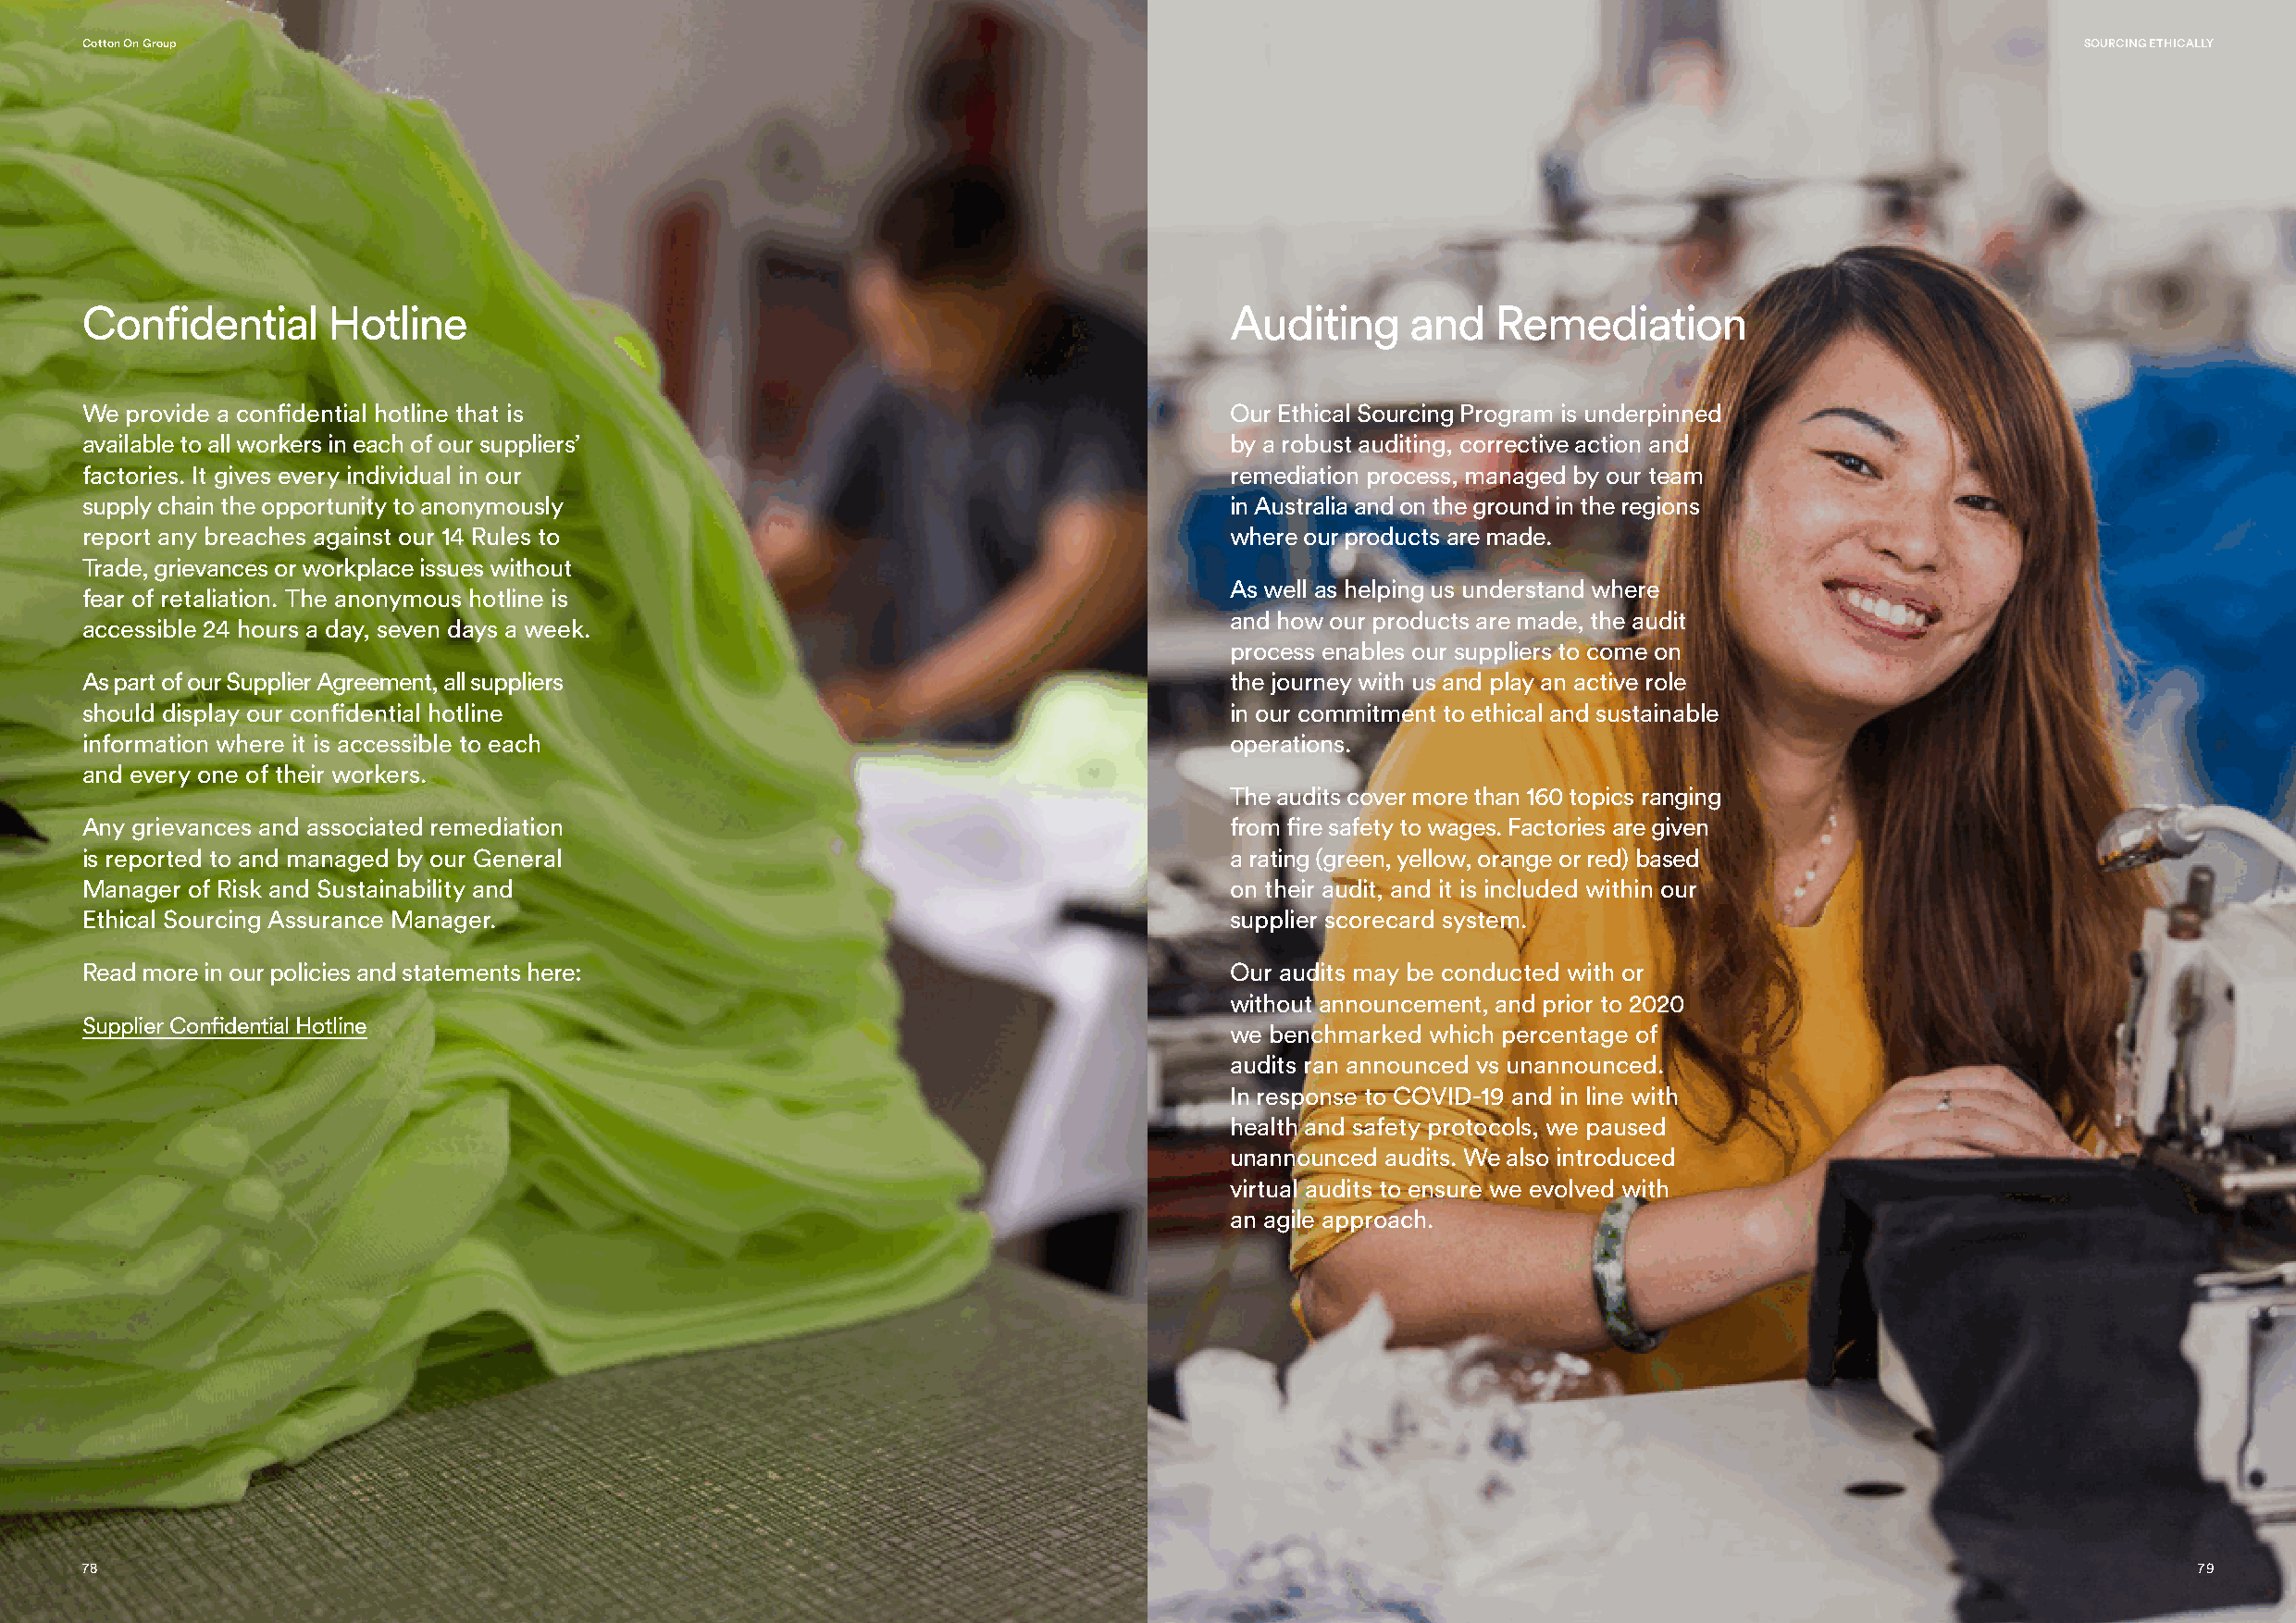
Cotton On Group                                                                                                                                SOURCING ETHICALLY
 Confidential     Hotline                                                          Auditing     and   Remediation
 We provide a confidential hotline that is                                         Our Ethical Sourcing Program is underpinned
 available to all workers in each of our suppliers’                                by a robust auditing, corrective action and
 factories. It gives every individual in our                                       remediation process, managed by our team
 supply chain the opportunity to anonymously                                       in Australia and on the ground in the regions
 report any breaches against our 14 Rules to                                       where our products are made.
 Trade, grievances or workplace issues without
 As well as helping us understand where
 fear of retaliation. The anonymous hotline is
 and how our products are made, the audit
 accessible 24 hours a day, seven days a week.
 process enables our suppliers to come on
 As part of our Supplier Agreement, all suppliers                                  the journey with us and play an active role
 should display our confidential hotline                                           in our commitment to ethical and sustainable
 information where it is accessible to each                                        operations.
 and every one of their workers.
 The audits cover more than 160 topics ranging
 Any grievances and associated remediation                                         from fire safety to wages. Factories are given
 is reported to and managed by our General                                         a rating (green, yellow, orange or red) based
 Manager of Risk and Sustainability and                                            on their audit, and it is included within our
 Ethical Sourcing Assurance Manager.                                               supplier scorecard system.
 Read more in our policies and statements here:                                    Our audits may be conducted with or
 without announcement, and prior to 2020
 Supplier Confidential Hotline
 we benchmarked which percentage of
 audits ran announced vs unannounced.
 In response to COVID-19 and in line with
 health and safety protocols, we paused
 unannounced audits. We also introduced
 virtual audits to ensure we evolved with
 an agile approach.
 78                                                                                                                                                     79